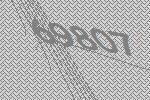
69807